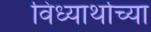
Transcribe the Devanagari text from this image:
विध्यार्थाच्या